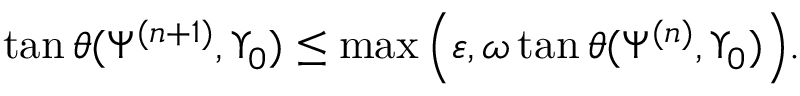
\tan \theta ( \Psi ^ { ( n + 1 ) } , \Upsilon _ { 0 } ) \leq \operatorname* { m a x } \Big ( \varepsilon , \omega \tan \theta ( \Psi ^ { ( n ) } , \Upsilon _ { 0 } ) \Big ) .